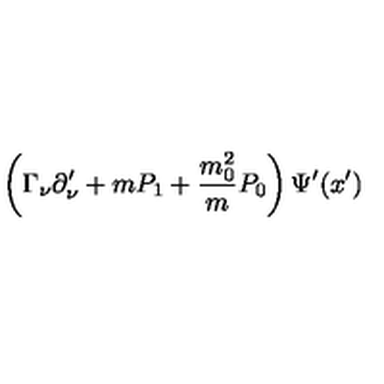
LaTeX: \left( \Gamma _ { \nu } \partial _ { \nu } ^ { \prime } + m P _ { 1 } + \frac { m _ { 0 } ^ { 2 } } { m } P _ { 0 } \right) \Psi ^ { \prime } ( x ^ { \prime } )